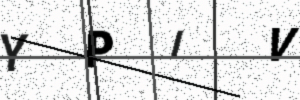
Text: YPIV